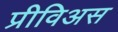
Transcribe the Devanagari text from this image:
प्रीविअस